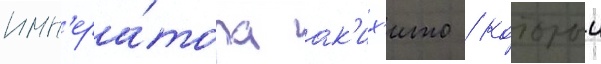
имп'ера́тора ак'их'ито / которыи